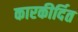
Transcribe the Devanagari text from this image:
कारकीर्दित